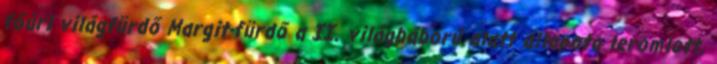
főúri világfürdő Margit-fürdő a II. világháború alatt állapota leromlott,